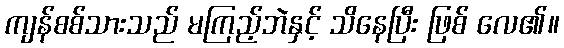
ကျန်စစ်သားသည် မကြည့်ဘဲနှင့် သိနေပြီး ဖြစ် လေ၏။